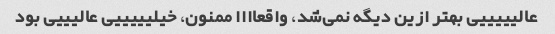
عالیییییی بهتر ازین دیگه نمی‌شد، واقعاااا ممنون، خیلیییییی عالیییی بود